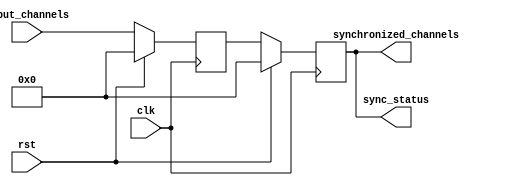
module MultiChannelSynchronizer (
    input [NUM_CHANNELS-1:0] input_channels,
    input clk,
    input rst,
    output reg [NUM_CHANNELS-1:0] synchronized_channels,
    output reg [NUM_CHANNELS-1:0] sync_status
);

parameter NUM_CHANNELS = 4;

reg [NUM_CHANNELS-1:0] raw_input_channels;
reg [NUM_CHANNELS-1:0] synced_input_channels;

// Timing control and synchronization blocks for each input channel
always @(posedge clk) begin
    if (rst) begin
        raw_input_channels <= 0;
        synced_input_channels <= 0;
    end else begin
        raw_input_channels <= input_channels;
        // Perform synchronization techniques
        // (e.g. clock domain crossing, metastability handling, synchronization logic)
        synced_input_channels <= raw_input_channels;
    end
end

// Control signals for enabling/disabling synchronization for each channel
always @(*) begin
    synchronized_channels = synced_input_channels;
end

// Monitor synchronization status of each channel
always @(*) begin
    sync_status = synced_input_channels;
end

endmodule